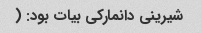
شیرینی دانمارکی بیات بود: (